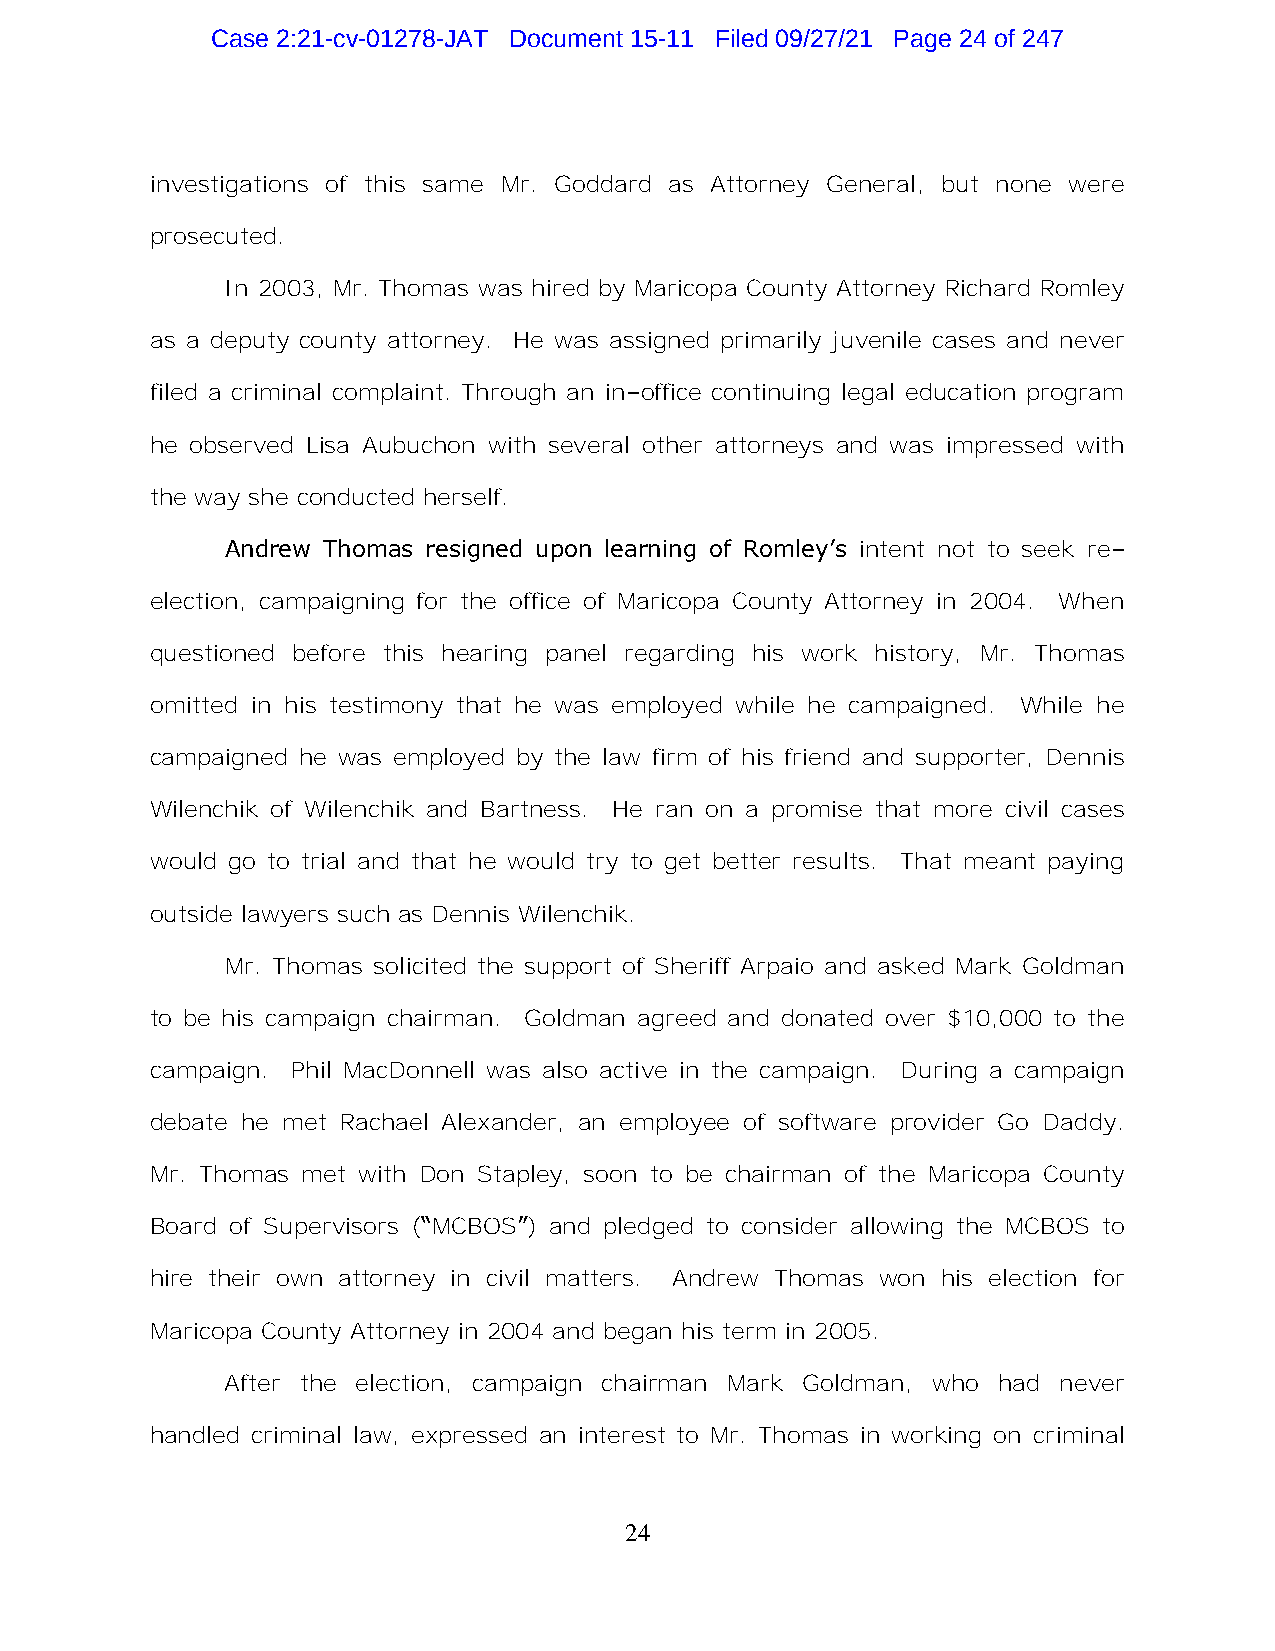
Case 2:21-cv-01278-JAT Document 15-11 Filed 09/27/21 Page 24 of 247
 investigations of this same Mr. Goddard as Attorney General, but none were
 prosecuted.
 In 2003, Mr. Thomas was hired by Maricopa County Attorney Richard Romley
 as a deputy county attorney. He was assigned primarily juvenile cases and never
 filed a criminal complaint. Through an in–office continuing legal education program
 he observed Lisa Aubuchon with several other attorneys and was impressed with
 the way she conducted herself.
 Andrew Thomas resigned upon learning of Romley’s intent not to seek re–
 election, campaigning for the office of Maricopa County Attorney in 2004. When
 questioned before this hearing panel regarding his work history, Mr. Thomas
 omitted in his testimony that he was employed while he campaigned. While he
 campaigned he was employed by the law firm of his friend and supporter, Dennis
 Wilenchik of Wilenchik and Bartness. He ran on a promise that more civil cases
 would go to trial and that he would try to get better results. That meant paying
 outside lawyers such as Dennis Wilenchik.
 Mr. Thomas solicited the support of Sheriff Arpaio and asked Mark Goldman
 to be his campaign chairman. Goldman agreed and donated over $10,000 to the
 campaign. Phil MacDonnell was also active in the campaign. During a campaign
 debate he met Rachael Alexander, an employee of software provider Go Daddy.
 Mr. Thomas met with Don Stapley, soon to be chairman of the Maricopa County
 Board of Supervisors (“MCBOS”) and pledged to consider allowing the MCBOS to
 hire their own attorney in civil matters. Andrew Thomas won his election for
 Maricopa County Attorney in 2004 and began his term in 2005.
 After the election, campaign chairman Mark Goldman, who had never
 handled criminal law, expressed an interest to Mr. Thomas in working on criminal
 24